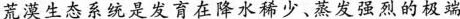
荒漠生态系统是发育在降水稀少、蒸发强烈的极端